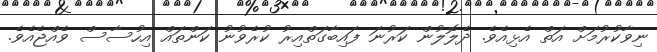
ނިވާކުރުމަށް އަތް އެޅިއެވެ. ދެލޮލުން ކަރުނަ ފައިބާގަތްއިރު ކުރެވުނު ކަންތައް އިހުސާސް ވެއްޖެއެވެ.